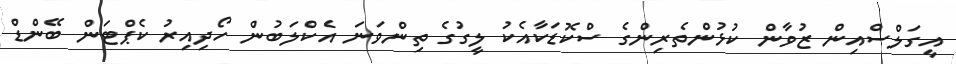
އީގަލްސްއިން ޒުވާން ކުޅުންތެރިންގެ ސްކޮޑަކާއެކު ލީގުގެ ތިންވަނަ އެކްލަބުން ހޯދިއިރު ކެޕްޓަން ބޭންޑް